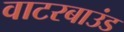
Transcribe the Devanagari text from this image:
वाटरबाउंड